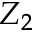
Z _ { 2 }